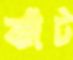
ঝাঁট